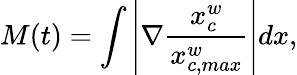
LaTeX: M(t)=\int\left\lvert\nabla\frac{x_{c}^{w}}{x_{c,max}^{w}}\right\rvert dx,